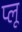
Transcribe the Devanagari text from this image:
प्लू